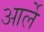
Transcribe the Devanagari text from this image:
आर्ले